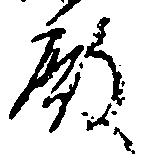
殿